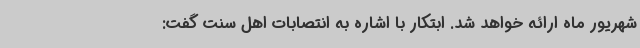
شهریور ماه ارائه خواهد شد. ابتکار با اشاره به انتصابات اهل سنت گفت: